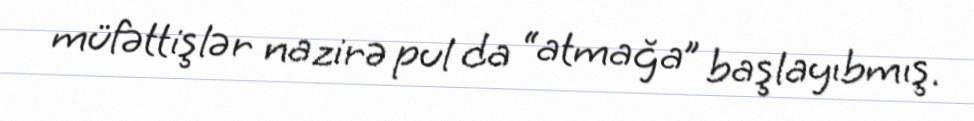
müfəttişlər nazirə pul da “atmağa” başlayıbmış.